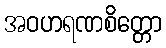
အဝဟရဏစိတ္တော